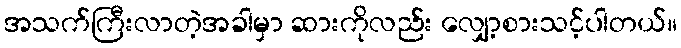
အသက်ကြီးလာတဲ့အခါမှာ ဆားကိုလည်း လျှော့စားသင့်ပါတယ်။